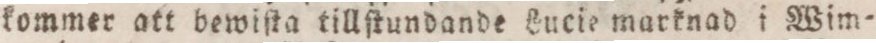
kommer att bewiſta tillſtundande Lucie marknad i Wim=